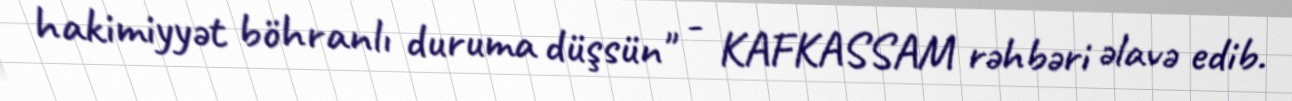
hakimiyyət böhranlı duruma düşsün" - KAFKASSAM rəhbəri əlavə edib.